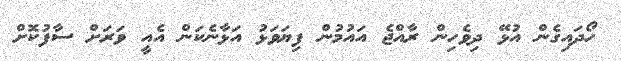
ހޯދައިގެން އުޅޭ ދިވެހިން ރާއްޖެ އައުމުން ފިޔަވަޅު އަޅާނެކަން އެއީ ވަރަށް ސާފުކޮށް